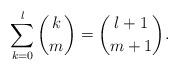
LaTeX: \begin{align*}\sum_{k=0}^l\binom{k}{m}=\binom{l+1}{m+1}.\end{align*}